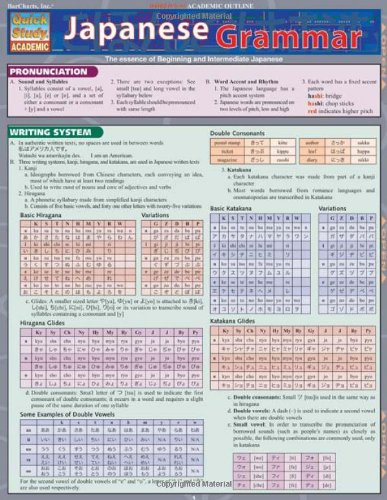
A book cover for Japanese Grammar (Quickstudy: Academic); Inc. BarCharts; Reference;